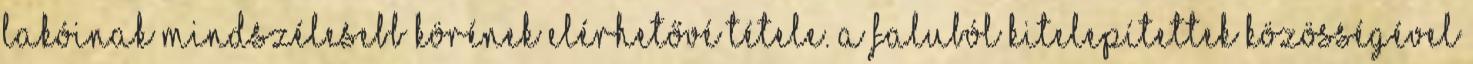
lakóinak mindszélesebb körének elérhetővé tétele. A faluból kitelepítettek közösségével